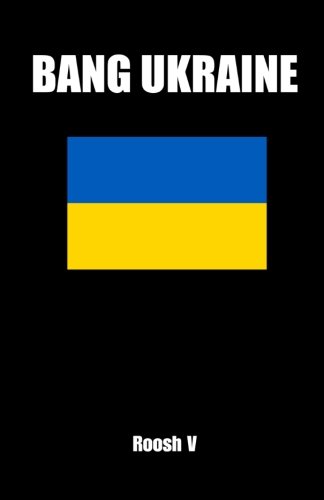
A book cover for Bang Ukraine: How To Sleep With Ukrainian Women In Ukraine; Roosh V; Travel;